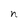
Character: n